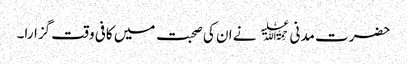
حضرت مدنی ﷫ نے ان کی صحبت میں کافی وقت گزارا۔